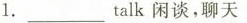
1.talk ___ 闲谈，聊天